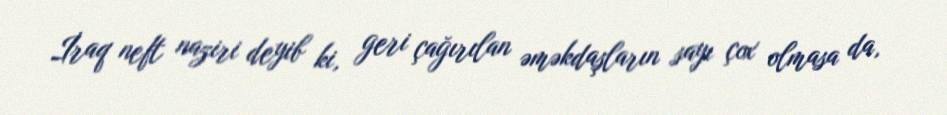
İraq neft naziri deyib ki, geri çağırılan əməkdaşların sayı çox olmasa da,